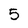
Character: 5